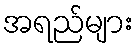
အရည်များ